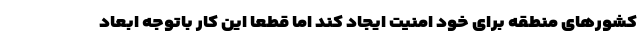
کشورهای منطقه برای خود امنیت ایجاد کند اما قطعاً این کار باتوجه ابعاد